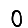
Digit: 0